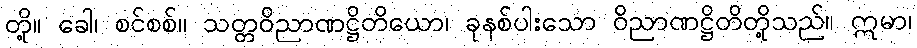
တို့။ ခေါ၊ စင်စစ်။ သတ္တဝိညာဏဋ္ဌိတိယော၊ ခုနစ်ပါးသော ဝိညာဏဋ္ဌိတိတို့သည်။ ဣမာ၊